Madras plague regulations in force outside the Presidency town - Volume 5
Disease focus: Plague
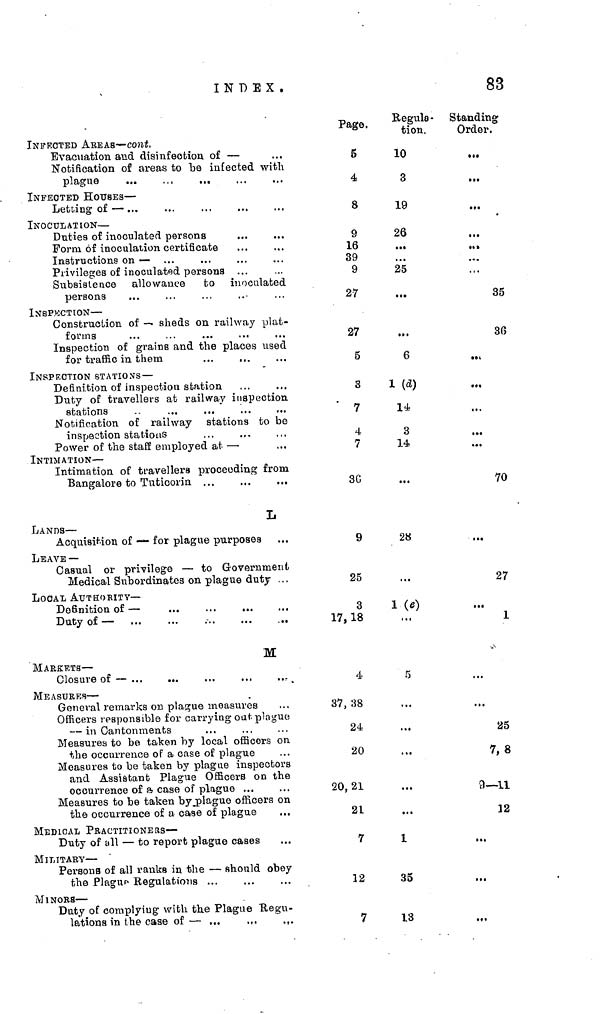
INDEX.
83
Evacuation and disinfection of —
Notification of areas to be infected with
plague
INFECTED HOUSES —
Letting of —
INOCULATION —
Duties of inoculated persons
Form of inoculation certificate
Instructions on —
Privileges of inoculated persons
Subsistence allowance to inoculated
persons
INSPECTION —
Construction of — sheds on railway plat-
forms
Inspection of grains and the places used
INSPECTION STATIONS —
Definition of inspection station
Duty of travellers at railway inspection
Notification of railway stations to be
inspection stations
Power of the staff employed at —
INTIMATION —
Intimation of travellers proceeding from
Bangalore to
Tuticorin
L
LANDS
—
LEAVE —
Casual or privilege — to Government
Medical Subordinates on plague duty
LOCAL AUTHORITY—
Duty of —
M
MARKETS —
Closure of —
MEASURES —
General remarks on plague measures
Officers responsible for carrying out plague
— in Cantonments
Measures to be taken by local officers on
the occurrence of a case of plague
Measures to be taken by plague inspectors
and Assistant Plague Officers on the
occurrence of ft case of plague
Measures to be taken by plague officers on
the occurrence of a case of plague
MEDICAL
PRACTITIONERS-—
MILITARY —
Persons of all ranks in the — should obey
the Plague Regulations
MINORS —
Duty of complying with the Plague Regu-
lations in the case of —
Page.
5
4
8
9
16
39
9
27
27
5
3
7
4
7
30
9
25
3
17, 18
4
37, 38
24
20
20, 21
21
7
12
7
Regula-
tion.
10
3
19
26
25
6
1 (d)
14
3
14
28
1 (e)
5
...
1
35
13
Standing
Order.
...
35
36
...
70
27
1
25
7, 8
9— 11
12